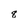
Character: 8